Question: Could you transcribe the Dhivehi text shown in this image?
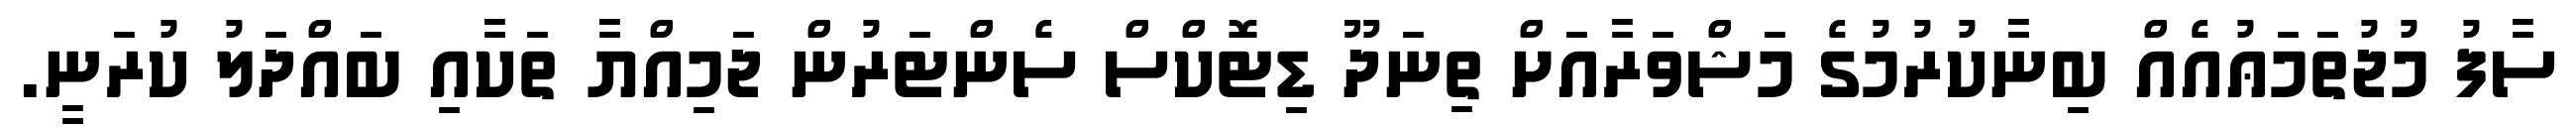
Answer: ސާފު މުޖުތަމަޢުއެއް ބިނާކުރުމުގެ މަޝްވަރާއަށް ތިނަދޫ ޑިޓޮކްސް ސެންޓަރުން ޖަމިއްޔާ ތަކާއި ބައްދަލު ކުރަނީ.